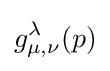
g_{\mu ,\nu }^{\lambda }(p)